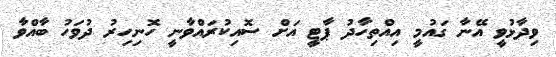
ވިދާޅުވީ އޭނާ ގައުމީ އިއްތިހާދު ޕާޓީ އަށް ސޮއިކުރައްވާނީ ހޮނިހިރު ދުވަހު ބާއްވާ